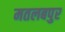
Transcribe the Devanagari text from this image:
मतलबपुर